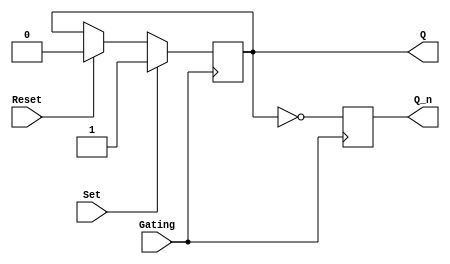
module Gated_SR_flipflop (
    input wire Set,
    input wire Reset,
    input wire Gating,
    output reg Q,
    output reg Q_n
);

always @ (posedge Gating) begin
    if(Gating == 1'b1) begin
        if(Set == 1'b1)
            Q <= 1'b1;
        else if(Reset == 1'b1)
            Q <= 1'b0;
    end
    Q_n <= ~Q;
end

endmodule